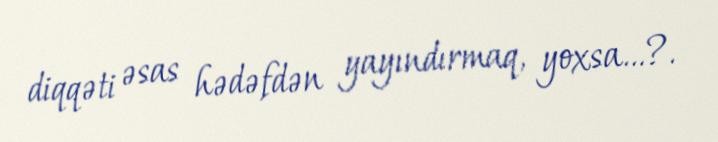
diqqəti əsas hədəfdən yayındırmaq, yoxsa…?.